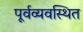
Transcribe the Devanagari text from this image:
पूर्वव्यवस्थित